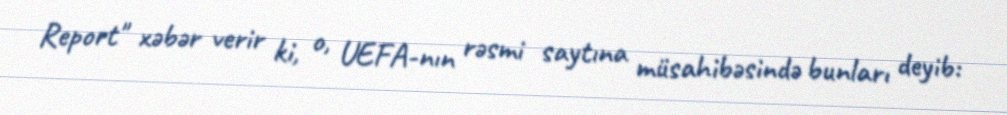
Report" xəbər verir ki, o, UEFA-nın rəsmi saytına müsahibəsində bunları deyib: